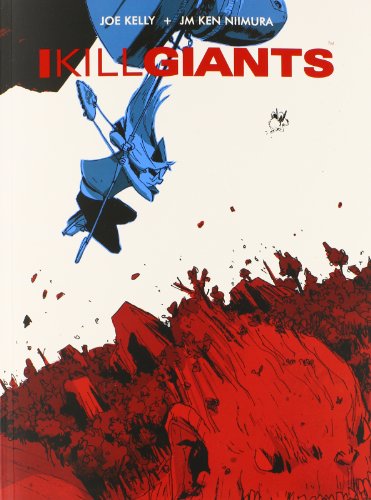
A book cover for I Kill Giants Fifth Anniversary Edition TP; Joe Kelly; Comics & Graphic Novels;